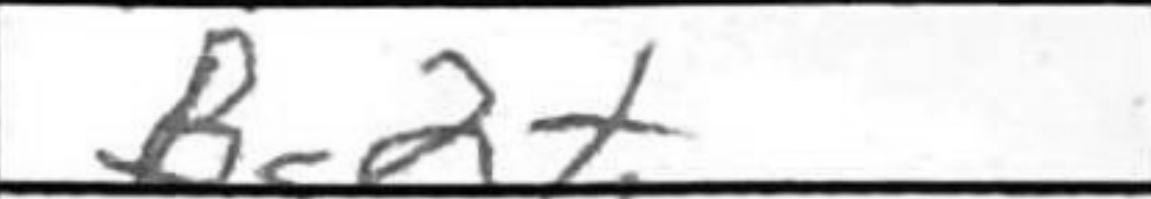
Transcription: Bc2+